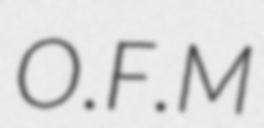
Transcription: O.F.M